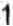
1